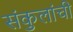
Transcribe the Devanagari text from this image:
संकुलांची